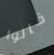
قالوا